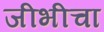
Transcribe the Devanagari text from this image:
जीभीचा